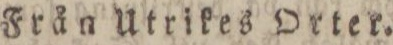
Från Utrikes Orter.